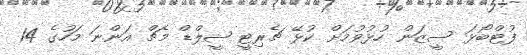
ފުޓްބޯޅަ ސީޒަން ހުޅުވުމަށް ކުޅޭ ޗެރިޓީ ޝީލްޑް މެޗް އަންނަ މަހުގެ 14